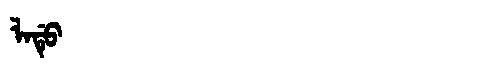
Manchu: ᠯᠠᡩᡠ
Romanization: LADU